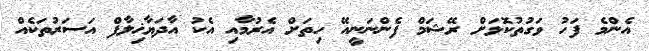
އެންމެ ފަހު ވަގުތުކޮޅަށް ރޭޝަމް ފެންނަނީއޭ ހިތަށް އެރުމާއި އެކު އާދަޔާޚިލާފް އަސަރުތަކެއް